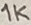
Text: 1K